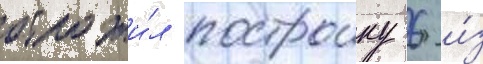
отложи́л построику 6 и́з